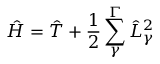
\hat { H } = \hat { T } + \frac { 1 } { 2 } \sum _ { \gamma } ^ { \Gamma } \hat { L } _ { \gamma } ^ { 2 }